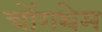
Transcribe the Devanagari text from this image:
चोंगथेम